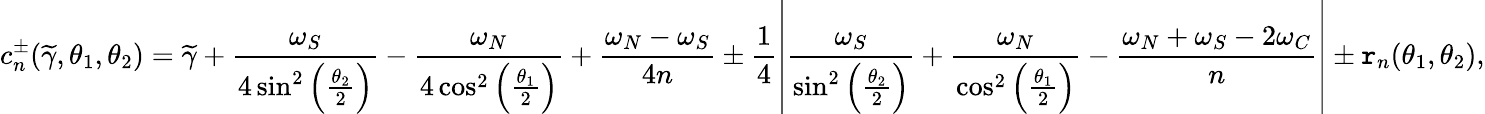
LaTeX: c_{n}^{\pm}(\widetilde{\gamma},\theta_{1},\theta_{2})=\widetilde{\gamma}+\frac{\omega_{S}}{4\sin^{2}\left(\frac{\theta_{2}}{2}\right)}-\frac{\omega_{N}}{4\cos^{2}\left(\frac{\theta_{1}}{2}\right)}+\frac{\omega_{N}-\omega_{S}}{4n}\pm\frac{1}{4}\left|\frac{\omega_{S}}{\sin^{2}\left(\frac{\theta_{2}}{2}\right)}+\frac{\omega_{N}}{\cos^{2}\left(\frac{\theta_{1}}{2}\right)}-\frac{\omega_{N}+\omega_{S}-2\omega_{C}}{n}\right|\pm\mathtt{r}_{n}(\theta_{1},\theta_{2}),